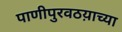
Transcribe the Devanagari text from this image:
पाणीपुरवठय़ाच्या